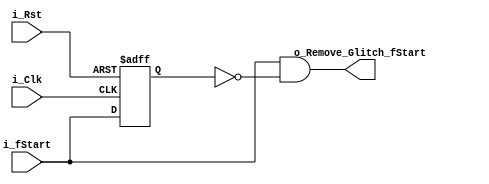
module Remove_Glitch(i_Clk, i_Rst, i_fStart, o_Remove_Glitch_fStart);


input i_Clk;//50MHz
input i_Rst;
input i_fStart;
output o_Remove_Glitch_fStart;

reg i_fStart_buf;

always @ (posedge i_Clk or negedge i_Rst) begin
    if(~i_Rst) i_fStart_buf <= 1'b0;
    else i_fStart_buf <= i_fStart;
end

assign o_Remove_Glitch_fStart = i_fStart & (~i_fStart_buf);

endmodule